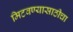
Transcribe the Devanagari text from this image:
मिटवण्यासाठीचा